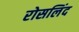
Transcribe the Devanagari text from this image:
रोसलिंद